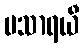
ပသာရယီ